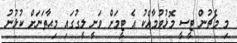
މި މެޗުން ޓީސީ މޮޅުވުމާއެކު އެ ޓީމަށް ވަނީ ލީގުގައި މިޙާތަނަށް ކުޅުނު